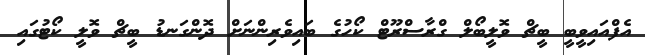
އެފްއައިވީބީ ބީޗް ވޮލީބޯލް ގްރާސްރޫޓް ކޯހުގެ ބައިވެރިންނަށް ދޮންގަނޑު ބީޗް ވޮލީ ކޯޓުގައި